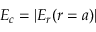
E _ { c } = \lvert E _ { r } ( r = a ) \rvert